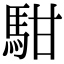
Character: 𩢨